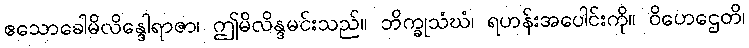
ဧသောခေါမိလိန္ဒေါရာဇာ၊ ဤမိလိန္ဒမင်းသည်။ ဘိက္ခုသံဃံ၊ ရဟန်းအပေါင်းကို။ ဝိဟေဌေတိ၊